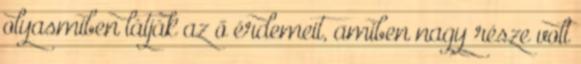
olyasmiben látják az ő érdemeit, amiben nagy része volt